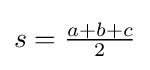
s={\tfrac {a+b+c}{2}}